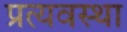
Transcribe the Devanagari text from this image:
प्रत्यवस्था